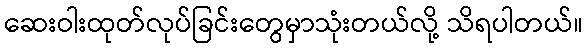
ဆေးဝါးထုတ်လုပ်ခြင်းတွေမှာသုံးတယ်လို့ သိရပါတယ်။